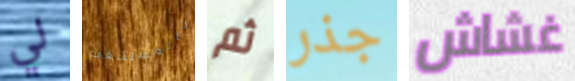
لي بالمستشفى ثم جذر غشاش